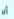
ألا